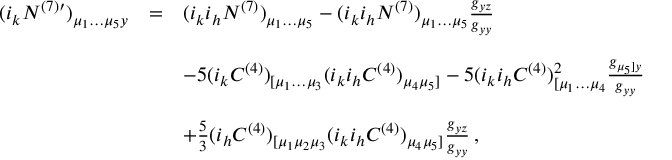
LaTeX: \begin{array} { r c l } { { ( i _ { k } N ^ { ( 7 ) \prime } ) _ { \mu _ { 1 } \dots \mu _ { 5 } y } } } & { { = } } & { { ( i _ { k } i _ { h } N ^ { ( 7 ) } ) _ { \mu _ { 1 } \dots \mu _ { 5 } } - ( i _ { k } i _ { h } { \cal N } ^ { ( 7 ) } ) _ { \mu _ { 1 } \dots \mu _ { 5 } } \frac { g _ { y z } } { g _ { y y } } } } \\ { { } } & { { } } & { { } } \\ { { } } & { { } } & { { - 5 ( i _ { k } C ^ { ( 4 ) } ) _ { [ \mu _ { 1 } \dots \mu _ { 3 } } ( i _ { k } i _ { h } C ^ { ( 4 ) } ) _ { \mu _ { 4 } \mu _ { 5 } ] } - 5 ( i _ { k } i _ { h } C ^ { ( 4 ) } ) _ { [ \mu _ { 1 } \dots \mu _ { 4 } } ^ { 2 } \frac { g _ { \mu _ { 5 } ] y } } { g _ { y y } } } } \\ { { } } & { { } } & { { } } \\ { { } } & { { } } & { { + \frac 5 3 ( i _ { h } C ^ { ( 4 ) } ) _ { [ \mu _ { 1 } \mu _ { 2 } \mu _ { 3 } } ( i _ { k } i _ { h } C ^ { ( 4 ) } ) _ { \mu _ { 4 } \mu _ { 5 } ] } \frac { g _ { y z } } { g _ { y y } } \, , } } \end{array}